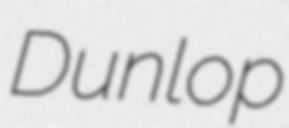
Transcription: Dunlop